King Institute of Preventive Medicine Micro-Biological Section reports 1909-11
Year: 1909
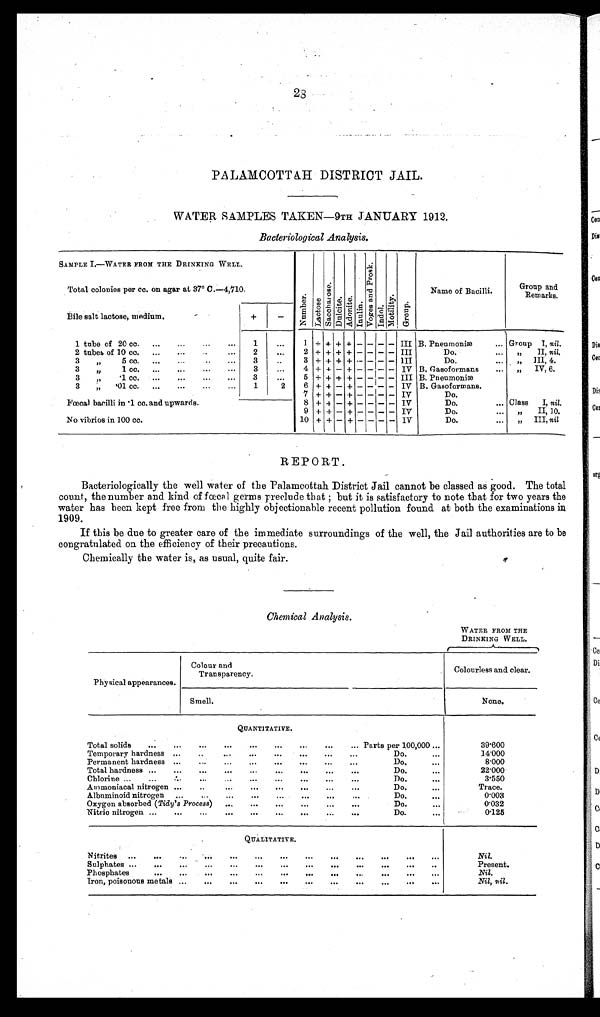
2
8
PALAMCOTTAH DISTRICT JAIL.
WATER SAMPLES TAKEN—9TH JANUARY 1912.
Bacteriological Analysis.
SAMPLE I.—WATER FROM THE DRINKING WELL.
Number.LactoseSacchar ose.Dul ci t e.Adoni t e.Inulin.Vo g e s a n d Pr o s k .Indol.Mot i l i t y.Group.
Name of Bacilli.
Group and
Remarks.
Total colonies per cc. on agar at 37° C.—4,710.
Bile salt lactose, medium.
+
−
1 tube of 20 cc.
1
1 + + + + − − − − III B. Pneumoniæ
Group I, nil .
2 tubes of 10 cc.
2
2 + + + + − − − − III
Do.
„ II, nil.
3 „ 5 cc.
3
3 + + + + − − − − III
Do.
„ III, 4.
3 „ 1 cc.
3
4 + + − + − − − − IV B. Gasoformans
„ IV, 6.
3 „
· 1 c c .
3
5 + + + + − − − − III B. Pneumoniæ
3 „ ·01 cc.
1
2
6 + + − + − − − − IV B. Gasoformans.
Fœcal bacilli in ·1 cc. and upwards.
7 + + − + − − − − IV
Do.
8 + + − + − − − − IV
Do.
Class I, nil.
9 + + − + − − − − IV
Do.
„ II, 10.
No vibrios in 100 cc.
10 + + − + − − −
− IV
Do.
„ III, nil
REPORT.
Bacteriologically the well water of the Palamcottah District Jail cannot be classed as good. The total
count, the number and kind of fœcal germs preclude that; but it is satisfactory to note that for two years the
water has been kept free from the highly objectionable recent pollution found at both the examinations in
1909.
If this be due to greater care of the immediate surroundings of the well, the Jail authorities are to be
congratulated on the efficiency of their precautions.
Chemically the water is, as usual, quite fair.
Chemical Analysis.
WATER FROM THE
DRINKING WELL.
Physical appearances.
Colocur and
Transparency.
Colourless and clear.
Smell.
None.
QUANTITATIVE.
Total solids
Parts per 100,000
39·600
Temporary hardness
Do.
14·000
Permanent hardness
Do.
8·000
Total hardness
Do.
22·000
Chlorine
Do.
3·550
Ammoniacal nitrogen
Do.
Trace.
Albuminoid nitrogen
Do.
0·003
Oxygen absorbed ( Tidy's Process)
Do.
0·032
Nitric nitrogen
Do.
0·125
QUALITATIVE.
Nitrites
Nil.
Sulphates
Present.
Phosphates
Nil.
Iron, poisonous metals
Nil, nil .